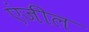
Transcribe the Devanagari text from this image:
एंजील